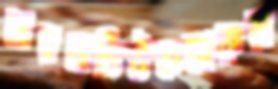
মারমাডিউকফারুয়া